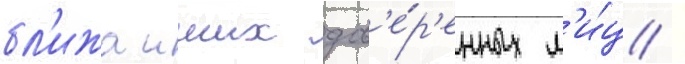
бл'ижаиших дов'е́р'енных л'и́ц /